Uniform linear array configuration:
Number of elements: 16
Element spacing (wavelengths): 0.75
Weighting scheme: binomial
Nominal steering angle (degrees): -45
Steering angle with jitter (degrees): -45.586
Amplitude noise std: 0.05
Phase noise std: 0.05

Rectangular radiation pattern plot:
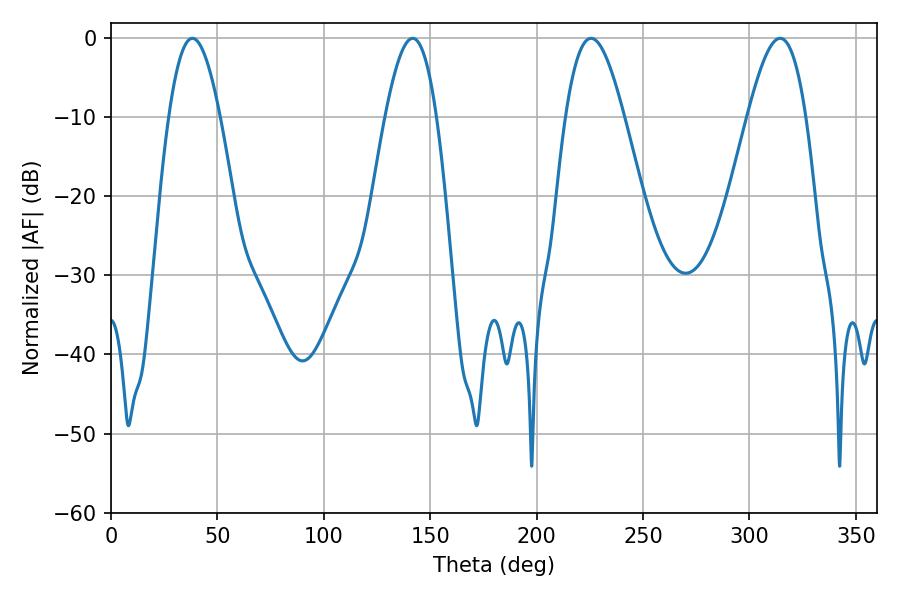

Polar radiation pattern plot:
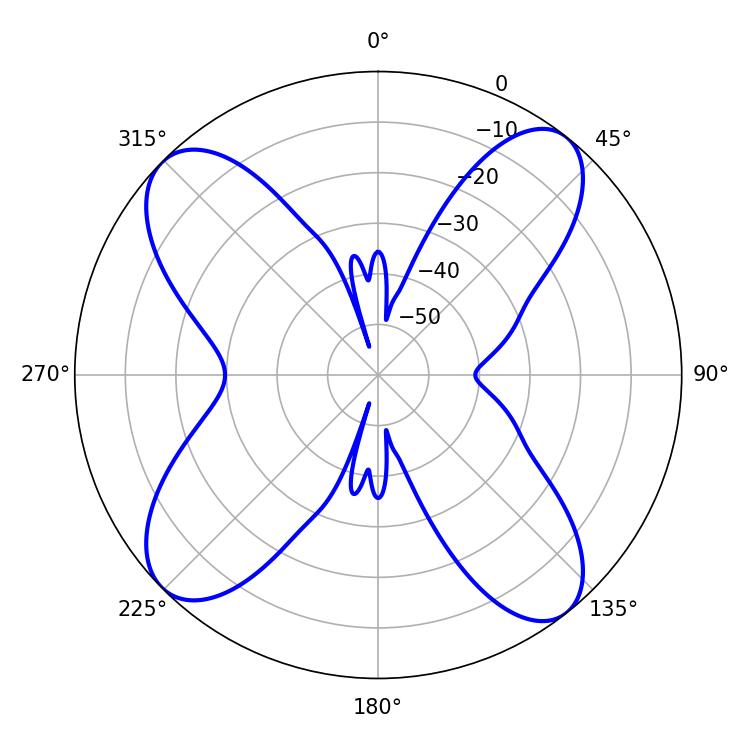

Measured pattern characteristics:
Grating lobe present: TRUE
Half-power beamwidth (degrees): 14.76
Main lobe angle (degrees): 225.54